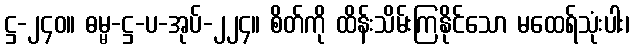
ဋ္ဌ-၂၄၀။ ဓမ္မ-ဋ္ဌ-ပ-အုပ်-၂၂၄။ စိတ်ကို ထိန်းသိမ်းကြနိုင်သော မထေရ်သုံးပါး၊